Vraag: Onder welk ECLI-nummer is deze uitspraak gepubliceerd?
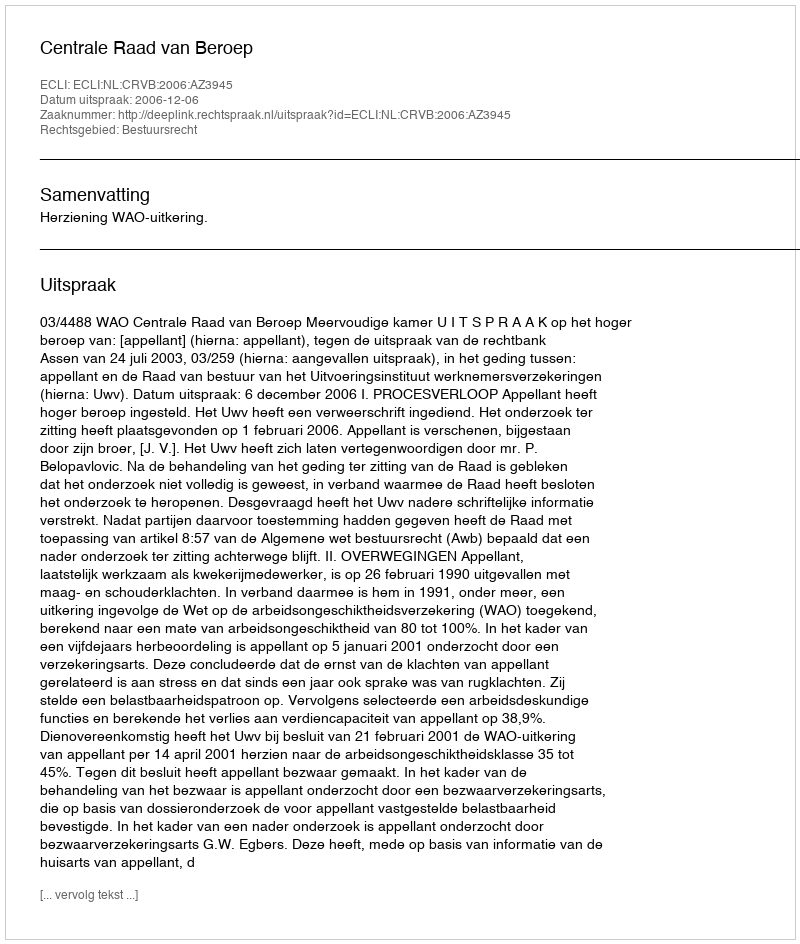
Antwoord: ECLI:NL:CRVB:2006:AZ3945